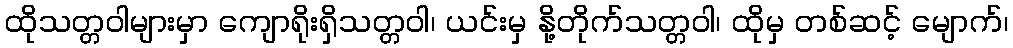
ထိုသတ္တဝါများမှာ ကျောရိုးရှိသတ္တဝါ၊ ယင်းမှ နို့တိုက်သတ္တဝါ၊ ထိုမှ တစ်ဆင့် မျောက်၊